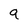
Character: 9